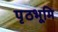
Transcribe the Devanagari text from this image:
पृठभूमि